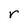
Character: r